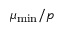
\mu _ { \mathrm { { m i n } } } / p